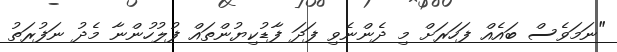
"ނަމަވެސް ބައެއް ފަހަރަށް މި ދެންނެވި ފަދަ ފާޑުކިޔުންތައް ފުލުހުންނާ މެދު ނަފުރަތު